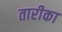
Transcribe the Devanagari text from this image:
तारीका